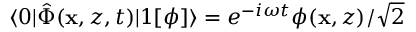
\langle 0 | \hat { \Phi } ( \mathbf { x } , z , t ) | 1 [ \phi ] \rangle = e ^ { - i \omega t } \phi ( \mathbf { x } , z ) / \sqrt { 2 }